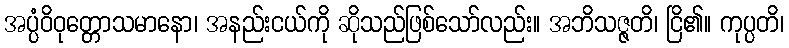
အပ္ပံဝိဝုတ္တောသမာနော၊ အနည်းငယ်ကို ဆိုသည်ဖြစ်သော်လည်း။ အဘိသဇ္ဇတိ၊ ငြိ၏။ ကုပ္ပတိ၊